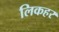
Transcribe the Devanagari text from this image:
लिकहर